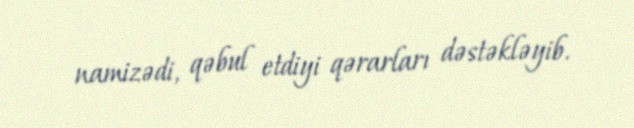
namizədi, qəbul etdiyi qərarları dəstəkləyib.